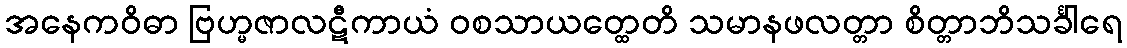
အနေကဝိဓာ ဗြဟ္မဇာလဋီကာယံ ဝစသာယတ္ထေတိ သမာနဖလတ္တာ စိတ္တာဘိသင်္ခါရေ